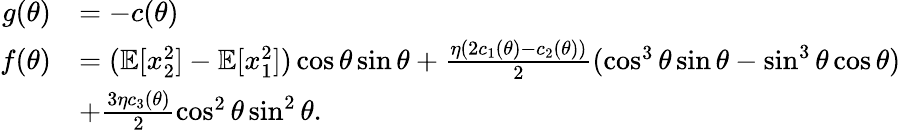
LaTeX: \begin{array}{rl}{g(\theta)}&{=-c(\theta)}\\ {f(\theta)}&{=(\mathbb{E}[x_{2}^{2}]-\mathbb{E}[x_{1}^{2}])\cos\theta\sin\theta+\frac{\eta(2c_{1}(\theta)-c_{2}(\theta))}{2}(\cos^{3}\theta\sin\theta-\sin^{3}\theta\cos\theta)}\\ &{+\frac{3\eta c_{3}(\theta)}{2}\cos^{2}\theta\sin^{2}\theta.}\end{array}